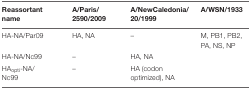
| Reassortant name | A/Paris/2590/2009 | A/NewCaledonia/20/1999 | A/WSN/1933 |
 | --- | --- | --- | --- |
 | HA-NA/Par09 | HA, NA | – | M, PB1, PB2, PA, NS, NP |
 | HA-NA/Nc99 | – | HA, NA |  |
 | HAopti-NA/Nc99 | – | HA (codon optimized), NA |  |